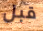
قبل